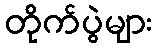
တိုက်ပွဲများ